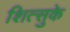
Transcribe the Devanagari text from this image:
शित्सुके